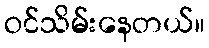
ဝင်သိမ်းနေတယ်။